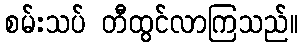
စမ်းသပ် တီထွင်လာကြသည်။